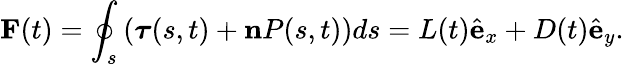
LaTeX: \mathbf{F}(t)=\oint_{s}\left(\boldsymbol{\tau}(s,t)+\mathbf{n}P(s,t)\right)ds=L(t)\hat{\mathbf{e}}_{x}+D(t)\hat{\mathbf{e}}_{y}.